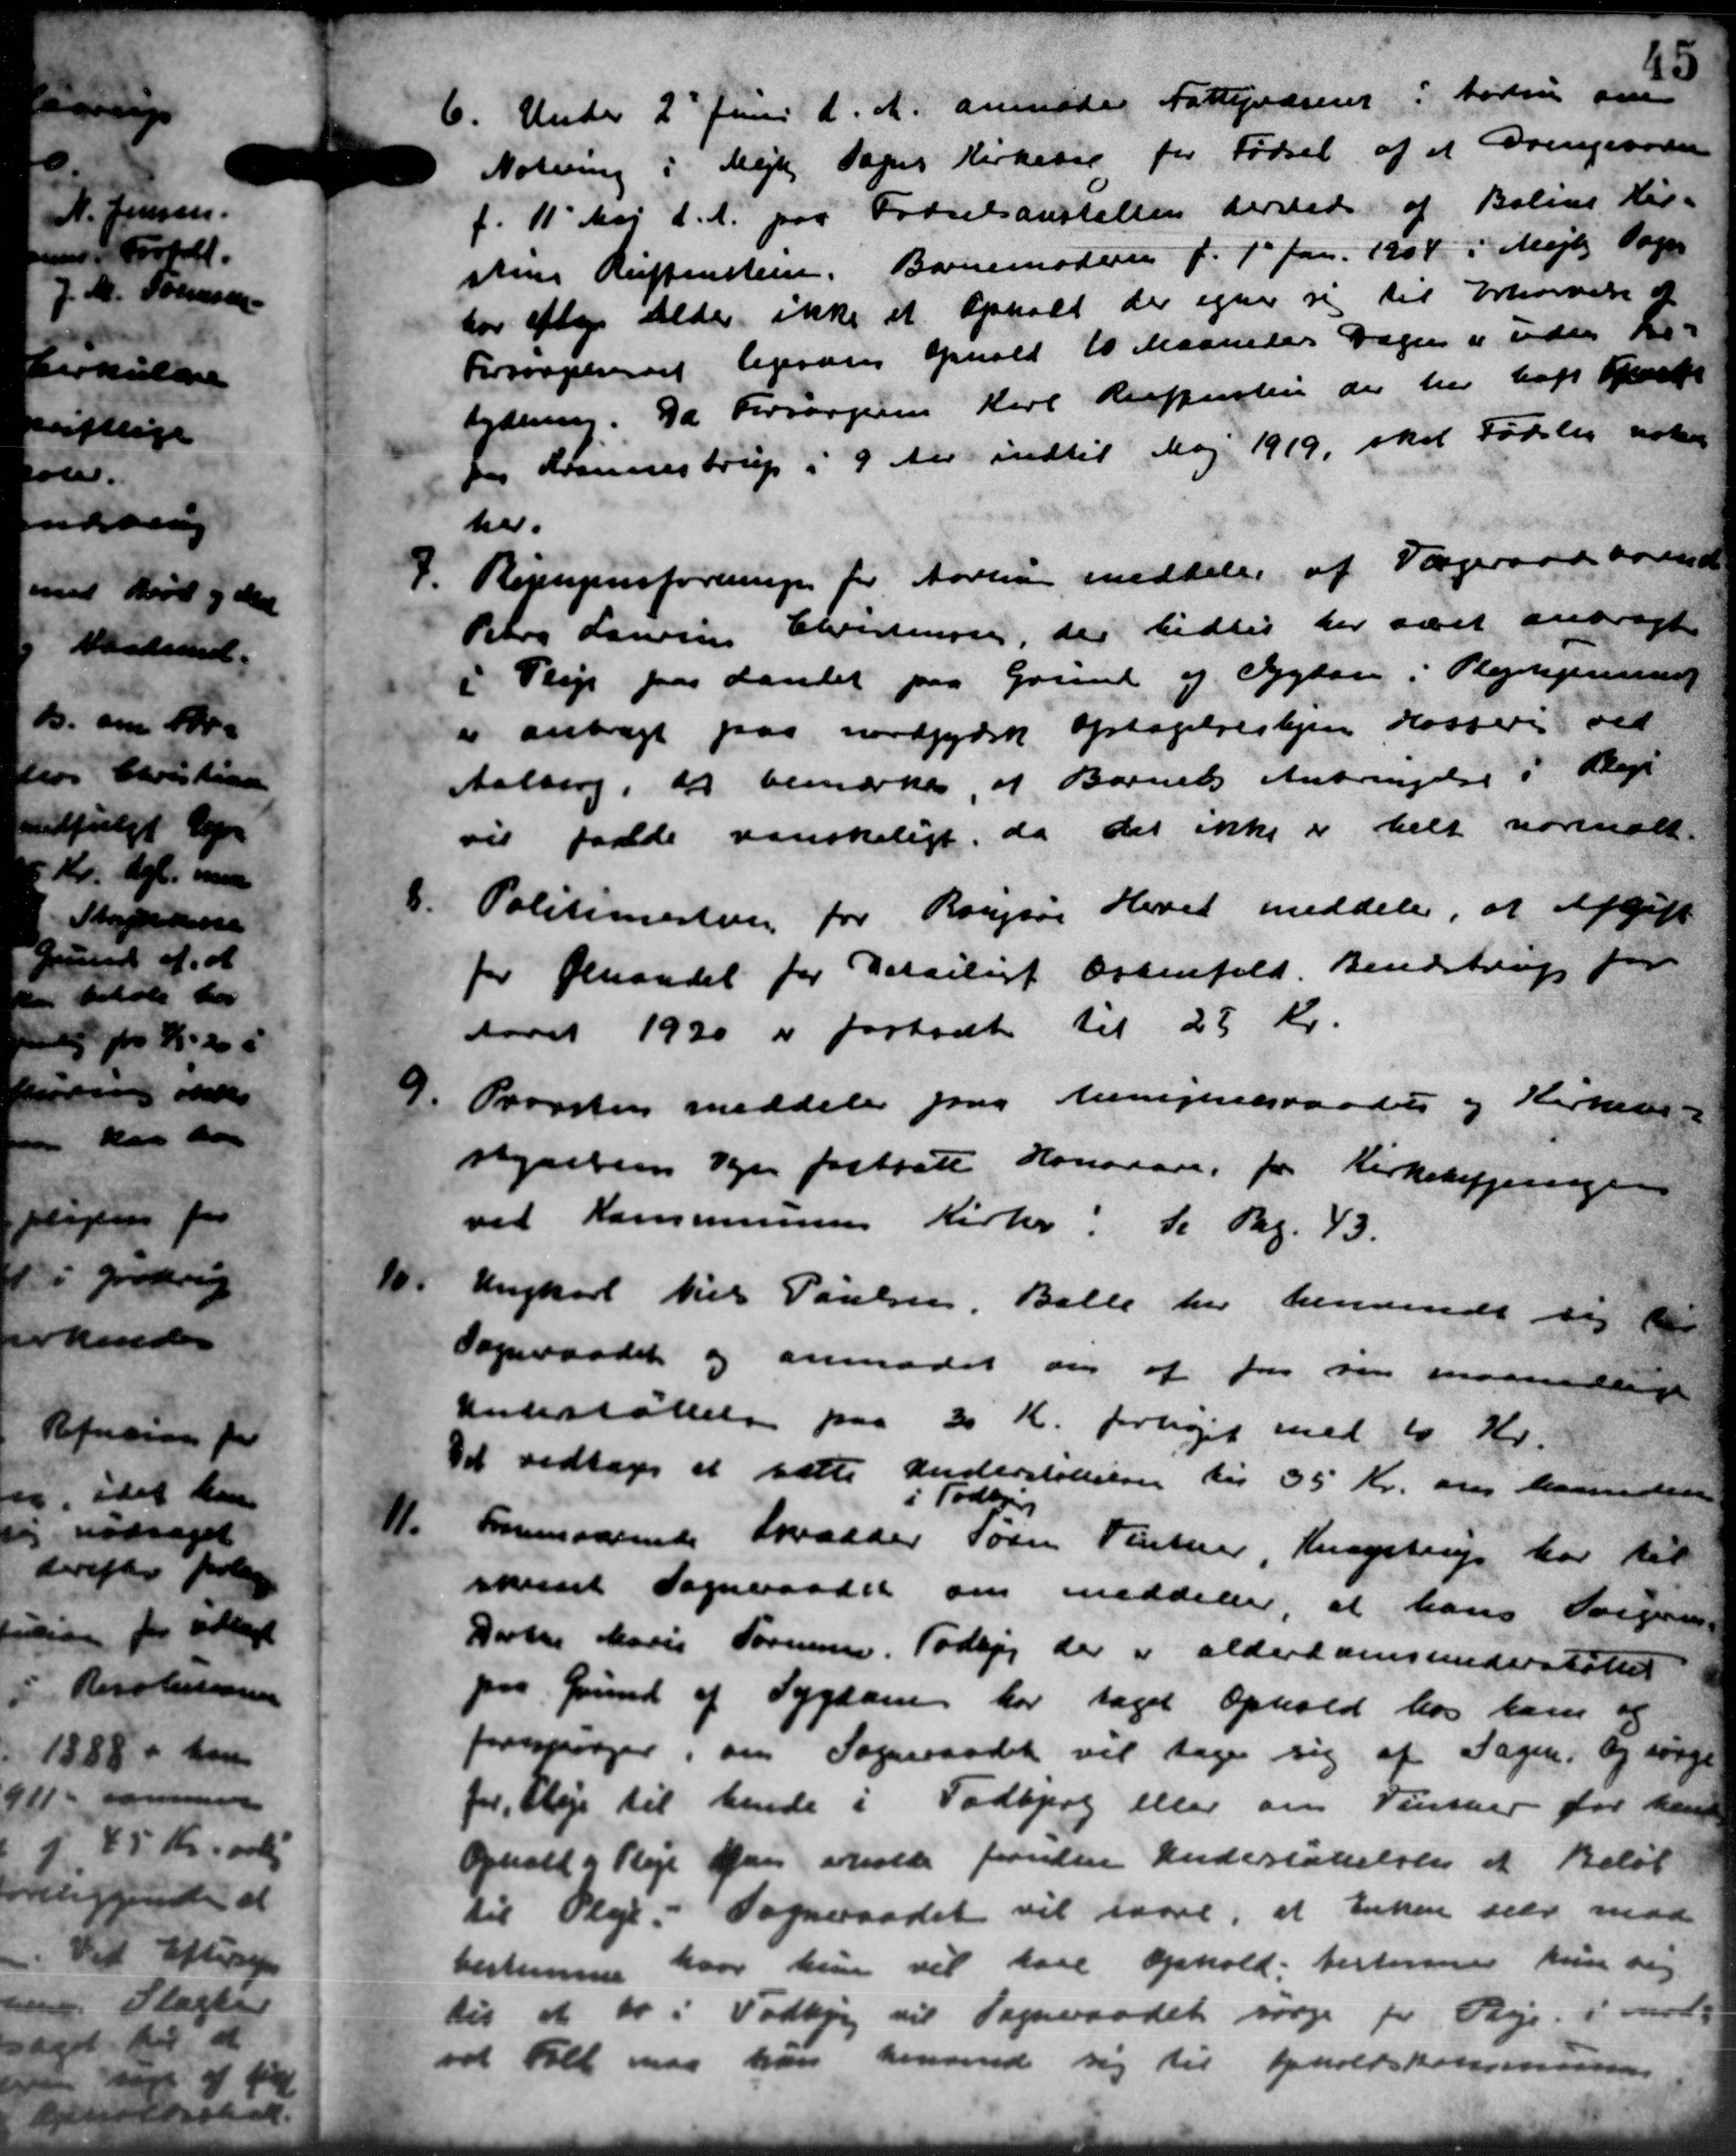
Transskription:
6. Under 2' Juni d. A. anmode Fattigvæsent i tøren om
6. Under 2' Juni d. A. anmode Fattigvæsent i tøren om
Notning i Mejlby Sogns Kirkelig for Fødsel af et Drengraaden
f. 11' Maj d. A. paa Fødselsanstalten dersted af Boline Kir-
sten Reiffensteen. Barnemoderne f. 1' Jan. 1904 i Mejlby Sog
har efter Alder ikke et Ophold der egner sig til Eskrivelse af
Forsørgelsesret lejesærer ophold til Maanedes Dage i uden Kr.
tydning. Da Forsørgeren Karl Resppesten der her haft Opstr
for Lønnestrup i 9 Aar indtil Maj 1919, skal Fødslej udko
her.
4. Repugnsforeningen for Aarhus meddeler at Sageraad ovende
4. Repugnsforeningen for Aarhus meddeler at Sageraad ovende
Peters Laursen Christensen, der tidlig der været anbragt
i Pleje paa Landet paa Grund og Sygdom i Plejehjemmet
er anbragt paa nordjydsk optagelseshjem Kossering ved
Aalborg, det bemærkes, at Barnets Anbringelse i Plage
vil falde vanskeligt, da det ikke er helt norerialt.
8.
Politimesterien for Rougsø Heret meddeler, at Afgift
for Geraadet for Detailigt Arbenfald Bendstrup for
Aaret 1930 er fortsat til 25 Kr.
9.
Pronten meddeler paa Menighedsraadets og Kirkets
regnelsens Vejen fastsatte Honseare, for Kirkehifjeringen
ved Kommunens Kirke. de Beg. 43.
10.
Ungkarl Niels Poulsen, Balle har henvende sig bes
Sogneraadet og anmodet om af for sin maanedling
Understøttelse paa 20 Kr. forhøjet med 10 Kr.
Det vedtoges at sætte Understøttelse til 35 Kr. om hansen
i Todbjerg
11.
Fraværende Sander Søren Finter, Kunstrup har til
reviset Sogneraadet om meddeler, at hans Svigen-
Darter Marie Sørensen, Todbjerg der er alderdomsunderstøttes
paa Grund af Sygdom har taget Ophold hos ham o
forespørger, om Sogneraadet vil tage sig af Sagen, og sørge
for Pleje til hende i Todbjerg eller om Vinther for hans
Opholt og Pleje han erholde foruden Inderstøttelsen et Beløb
til Pleje. Sogneraadet vil saare, at Enken selv mod
bestemme hvor hun vil have ophold, besterner kun sig
til et to i Todbjerg til Sogneraadet sørge for Pleje i mard-
vat Fall maa han henvende sig til Opholdskommunens